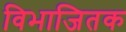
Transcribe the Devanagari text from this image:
विभाजितक